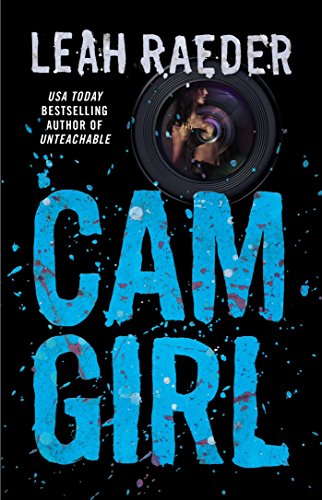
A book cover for Cam Girl; Leah Raeder; Romance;